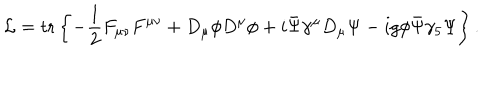
{ \cal L } = \mathrm { t r } \left\{ - \frac { 1 } { 2 } F _ { \mu \nu } F ^ { \mu \nu } + D _ { \mu } \phi D ^ { \mu } \phi + i \bar { \Psi } \gamma ^ { \mu } D _ { \mu } \Psi - i g \phi \bar { \Psi } \gamma _ { 5 } \Psi \right\} .